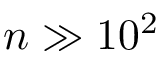
n \gg 1 0 ^ { 2 }